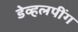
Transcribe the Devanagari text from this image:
डेव्हलपींग